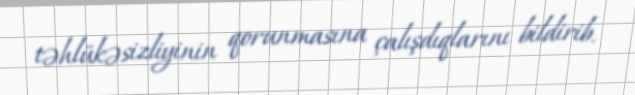
təhlükəsizliyinin qorunmasına çalışdıqlarını bildirib.